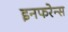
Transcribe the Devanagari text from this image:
इनफरेन्स